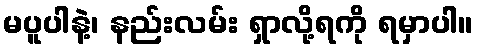
မပူပါနဲ့၊ နည်းလမ်း ရှာလို့ရကို ရမှာပါ။